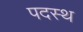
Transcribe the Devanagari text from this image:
पदस्‍थ